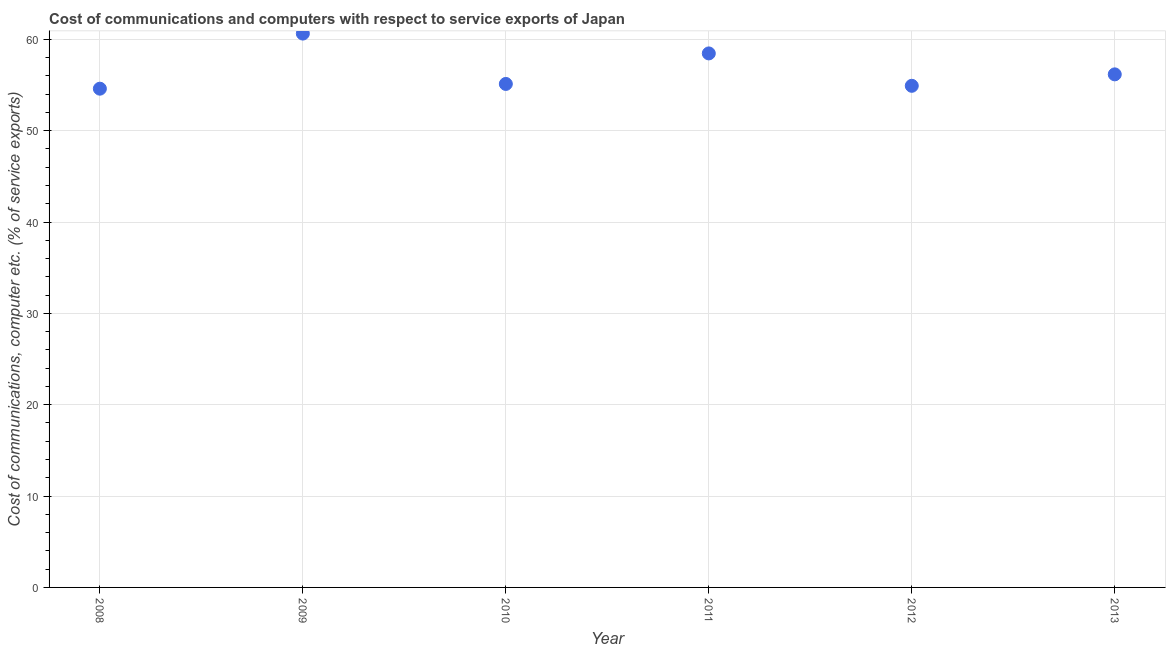
| Year | Communications |
 | --- | --- |
 | 2008 | 54.6 |
 | 2009 | 60.6 |
 | 2010 | 55.1 |
 | 2011 | 58.5 |
 | 2012 | 54.9 |
 | 2013 | 56.2 |